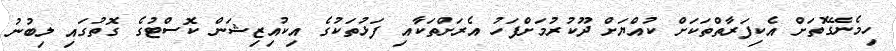
ހިމެނޭގޮތަށް އެކިފަރާތްތަކަށް ކުއްޔަށް ދޫކުރުމަށްފަހު އެރަށްތަކާއި ފަޅުތަކުގެ އިކުއިޒިޝަން ކޮސްޓުގެ ގޮތުގައި ލިބުނު